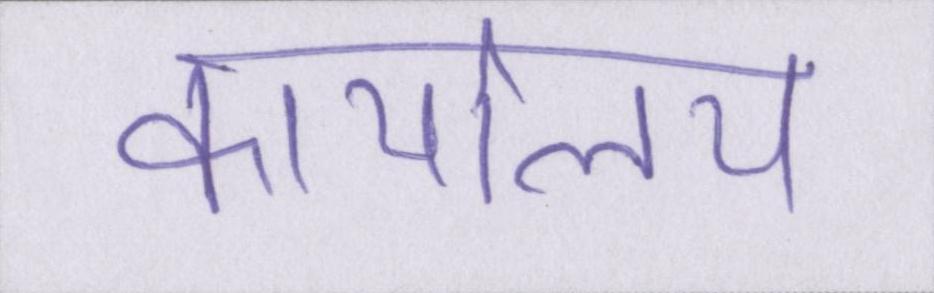
कार्यालय